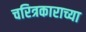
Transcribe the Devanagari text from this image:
चरित्रकाराच्या